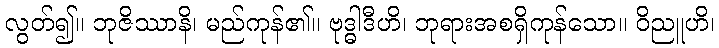
လွတ်၍။ ဘုဇိဿာနိ၊ မည်ကုန်၏။ ဗုဒ္ဓါဒီဟိ၊ ဘုရားအစရှိကုန်သော။ ဝိညူဟိ၊